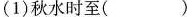
(1)秋水时至()